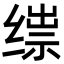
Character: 𬘼